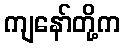
ကျနော်တို့က